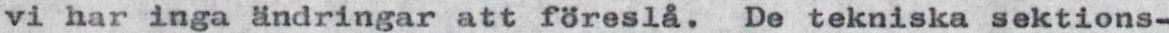
vi har inga ändringar att föreslå. De tekniska sektions-